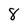
Character: 8